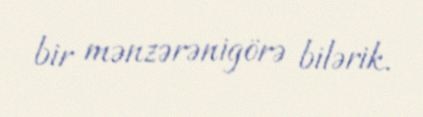
bir mənzərənigörə bilərik.